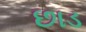
છાડ